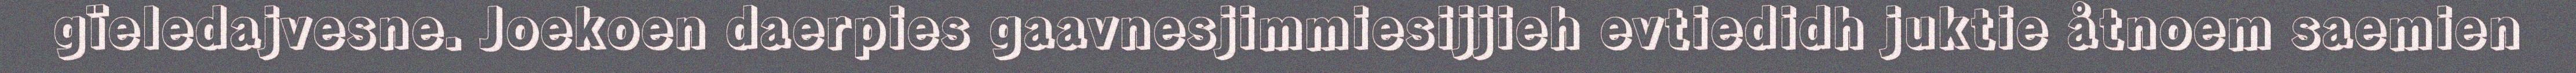
gïeledajvesne. Joekoen daerpies gaavnesjimmiesijjieh evtiedidh juktie åtnoem saemien